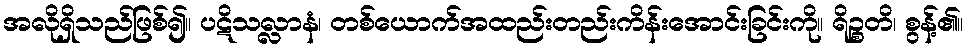
အလိုရှိသည်ဖြစ်၍။ ပဋိသလ္လာနံ၊ တစ်ယောက်အထည်းတည်းကိန်းအောင်းခြင်းကို။ ရိဉ္စတိ၊ စွန့်၏။